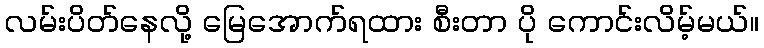
လမ်းပိတ်နေလို့ မြေအောက်ရထား စီးတာ ပို ကောင်းလိမ့်မယ်။